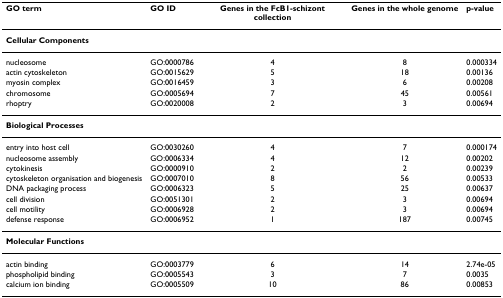
| GO term | GO ID | Genes in the FcB1-schizont collection | Genes in the whole genome | p-value |
 | --- | --- | --- | --- | --- |
 | <COLSPAN=5> Cellular Components |
 | nucleosome | GO:0000786 | 4 | 8 | 0.000334 |
 | actin cytoskeleton | GO:0015629 | 5 | 18 | 0.00136 |
 | myosin complex | GO:0016459 | 3 | 6 | 0.00208 |
 | chromosome | GO:0005694 | 7 | 45 | 0.00561 |
 | rhoptry | GO:0020008 | 2 | 3 | 0.00694 |
 | <COLSPAN=5> Biological Processes |
 | entry into host cell | GO:0030260 | 4 | 7 | 0.000174 |
 | nucleosome assembly | GO:0006334 | 4 | 12 | 0.00202 |
 | cytokinesis | GO:0000910 | 2 | 2 | 0.00239 |
 | cytoskeleton organisation and biogenesis | GO:0007010 | 8 | 56 | 0.00533 |
 | DNA packaging process | GO:0006323 | 5 | 25 | 0.00637 |
 | cell division | GO:0051301 | 2 | 3 | 0.00694 |
 | cell motility | GO:0006928 | 2 | 3 | 0.00694 |
 | defense response | GO:0006952 | 1 | 187 | 0.00745 |
 | <COLSPAN=5> Molecular Functions |
 | actin binding | GO:0003779 | 6 | 14 | 2.74e-05 |
 | phospholipid binding | GO:0005543 | 3 | 7 | 0.0035 |
 | calcium ion binding | GO:0005509 | 10 | 86 | 0.00853 |